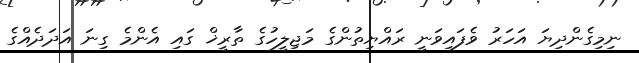
ނިމިގެންދިޔަ އަހަރު ވެފައިވަނީ ރައްޔިތުންގެ މަޖިލީހުގެ ތާރީޚް ގައި އެންމެ ގިނަ އަދަދެއްގެ